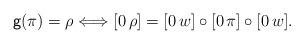
LaTeX: \begin{align*}\textsf{g}(\pi)=\rho\Longleftrightarrow[0\,\rho]=[0\,w]\circ [0\,\pi] \circ [0\,w].\end{align*}